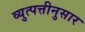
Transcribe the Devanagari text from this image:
व्युत्पत्तीनुसार